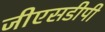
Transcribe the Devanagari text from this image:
जीएसडीपी